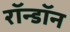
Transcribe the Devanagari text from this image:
रॉन्डॉन